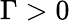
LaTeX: \Gamma>0